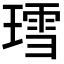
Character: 𬎅